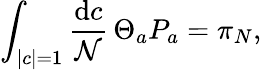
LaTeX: \int_{|c|=1}{\frac{\mathrm{d}c}{\mathcal{N}}}\, \Theta_{a}P_{a}=\pi_{N},